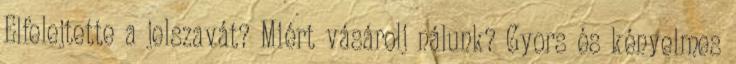
Elfelejtette a jelszavát? Miért vásárolj nálunk? Gyors és kényelmes